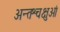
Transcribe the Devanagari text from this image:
अन्तश्चक्षुओं